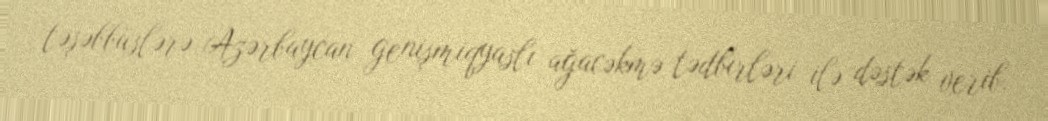
təşəbbüslərə Azərbaycan genişmiqyaslı ağacəkmə tədbirləri ilə dəstək verib.